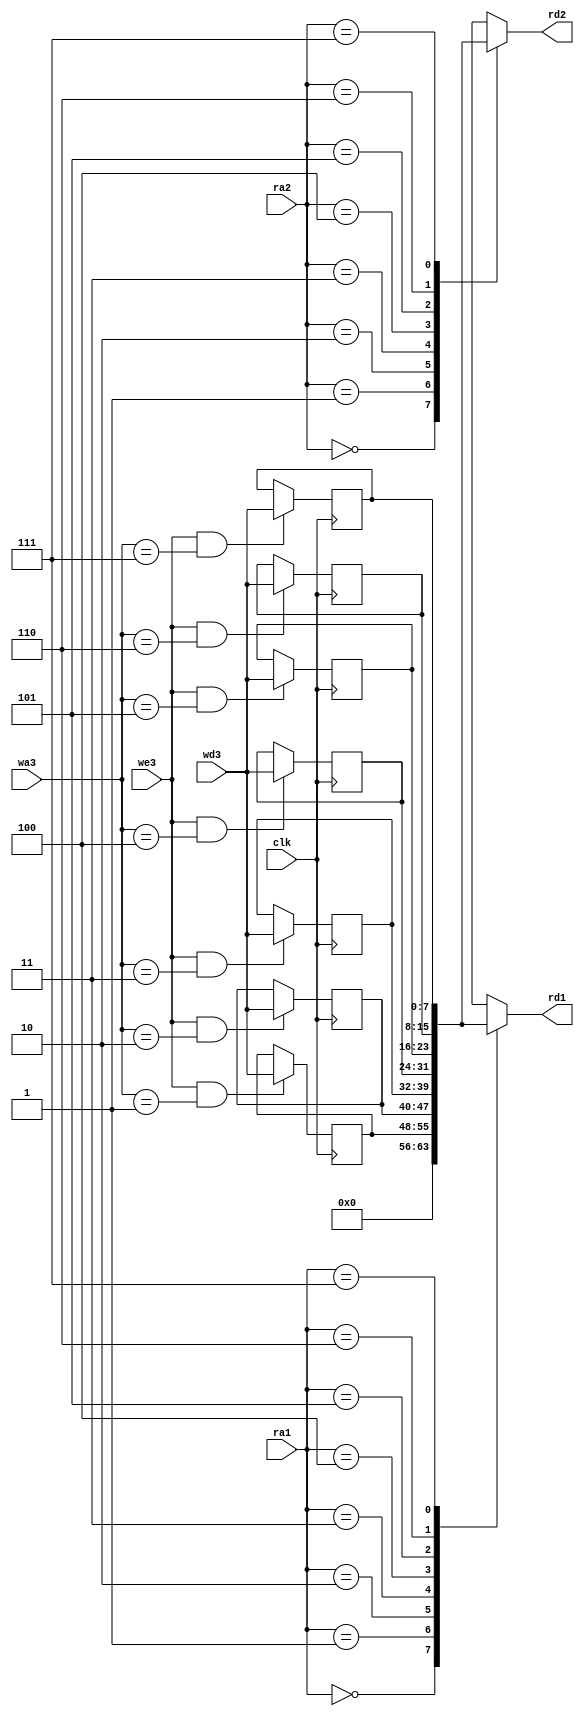
module RegisterFile(input [7:0] wd3, //Write Data
						  input clk, we3,  //Clock and Write Enable
                    input [2:0] wa3, ra1, ra2, //Write Adress, Register  Data 1 and Register Data 2
                    output reg [7:0] rd1, rd2); //Register Adress 1 and Register Adress 2
						  reg [7:0]  R0, R1, R2, R3, R4, R5, R6, R7; // Register
						  
	 always @(posedge clk) begin
		  // Registering
				R0 = 0;
		  if (we3 & (wa3 == 1))
				R1 = wd3;
		  if (we3 & (wa3 == 2))
				R2 = wd3;
		  if (we3 & (wa3 == 3))
				R3 = wd3;
		  if (we3 & (wa3 == 4))
				R4 = wd3;
		  if (we3 & (wa3 == 5))
				R5 = wd3;
		  if (we3 & (wa3 == 6))
				R6 = wd3;
		  if (we3 & (wa3 == 7))
				R7 = wd3;
	 end
		 
    always @(*) begin
		  // MUX 1
		  // Register Data 1 Values
		  case (ra1)
				3'b000: rd1 = 0;
				3'b001: rd1 = R1;
				3'b010: rd1 = R2;
				3'b011: rd1 = R3;
				3'b100: rd1 = R4;
				3'b101: rd1 = R5;
				3'b110: rd1 = R6;
				3'b111: rd1 = R7;
		  endcase
		  
		  case (ra2)
				3'b000: rd2 = 0;
				3'b001: rd2 = R1;
				3'b010: rd2 = R2;
				3'b011: rd2 = R3;
				3'b100: rd2 = R4;
				3'b101: rd2 = R5;
				3'b110: rd2 = R6;
				3'b111: rd2 = R7;
		  endcase
	end 
endmodule